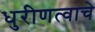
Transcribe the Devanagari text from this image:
धुरीणत्वाचे